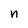
Character: n